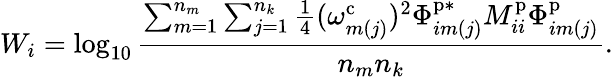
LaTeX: W_{i}=\log_{10}\frac{\sum_{m=1}^{n_{m}}\sum_{j=1}^{n_{k}}\frac{1}{4}(\omega_{m(j)}^{\mathrm{c}})^{2}\Phi_{im(j)}^{\mathrm{p}*}M_{ii}^{\mathrm{p}}\Phi_{im(j)}^{\mathrm{p}}}{n_{m}n_{k}}.